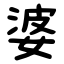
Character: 婆